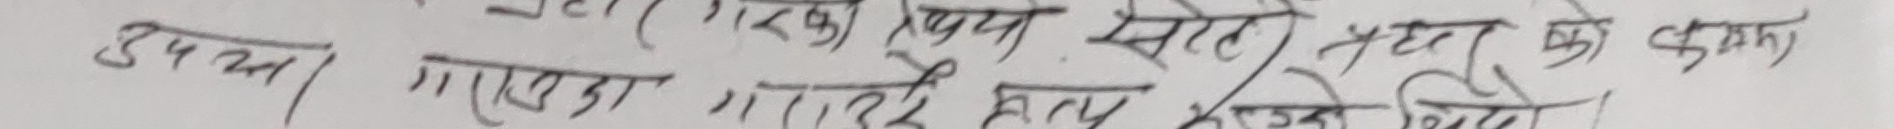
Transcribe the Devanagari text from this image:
उपचार (गरि) खर्च गर्नेले नहटेको कुरा
गरिएको मागिरहेको हुन रही छैन